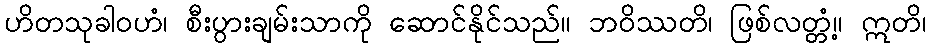
ဟိတသုခါဝဟံ၊ စီးပွားချမ်းသာကို ဆောင်နိုင်သည်။ ဘဝိဿတိ၊ ဖြစ်လတ္တံ့။ ဣတိ၊